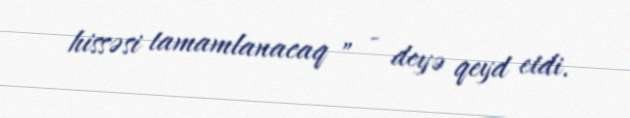
hissəsi tamamlanacaq ” - deyə qeyd etdi.